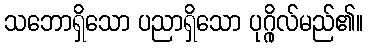
သဘောရှိသော ပညာရှိသော ပုဂ္ဂိုလ်မည်၏။